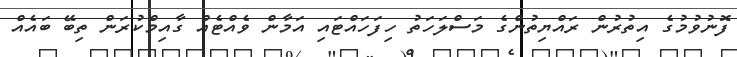
ފޮނުވުމުގެ އިތުރުން ރައްޔިތުންގެ މަސްލަހަތު ހިފަހައްޓައި އަމާން ވެއްޓެއް ގާއިމްކުރަން ތިބޭ ބައެއް